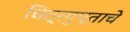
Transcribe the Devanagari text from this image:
चित्रगुप्ताचे